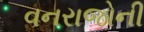
વનરાજોની